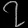
Digit: ၇